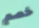
خصم